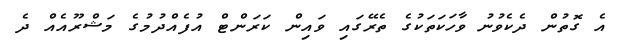
އެ ގޮތުން ދެކެވުނު ވާހަކަތަކުގެ ތެރޭގައި ވައިން ކަރަންޓް އުފެއްދުމުގެ މަޝްރޫއެއް ދެ